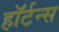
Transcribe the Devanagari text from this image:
हॉर्टन्स